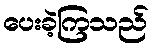
ပေးခဲ့ကြသည်